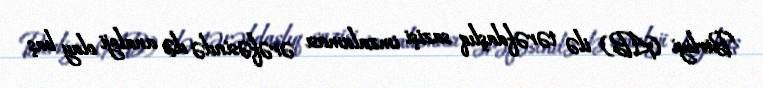
Birliyi (AB) ilə tərəfdaşlıq sazişi imzalaması ərəfəsində də analoji olay baş